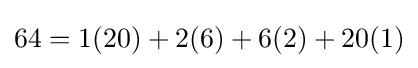
64=1(20)+2(6)+6(2)+20(1)